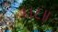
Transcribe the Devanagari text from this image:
।।८॥